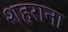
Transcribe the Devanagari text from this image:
शहराना